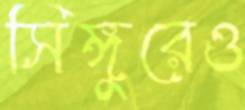
সিঙ্গুরেও